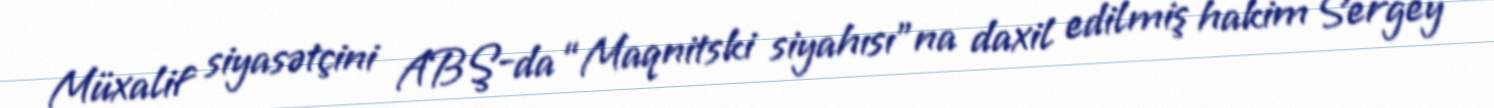
Müxalif siyasətçini ABŞ-da “Maqnitski siyahısı”na daxil edilmiş hakim Sergey